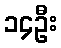
၁၄ဦး